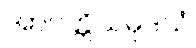
အာပတ္တိသမုဒယံ